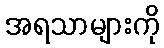
အရသာများကို